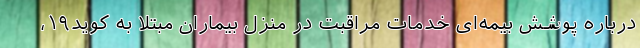
درباره پوشش بیمه‌ای خدمات مراقبت در منزل بیماران مبتلا به کوید۱۹،